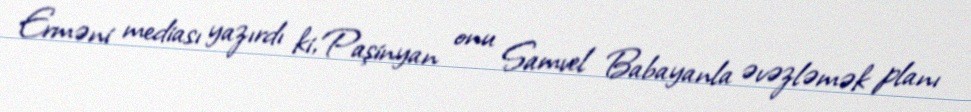
Erməni mediası yazırdı ki, Paşinyan onu Samvel Babayanla əvəzləmək planı